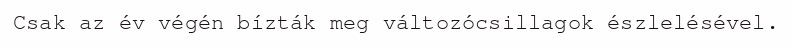
Csak az év végén bízták meg változócsillagok észlelésével.